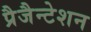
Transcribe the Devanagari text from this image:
प्रैजैन्टेशन